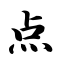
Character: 点